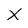
Character: x